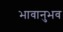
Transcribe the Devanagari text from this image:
भावानुभव